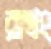
রাথং